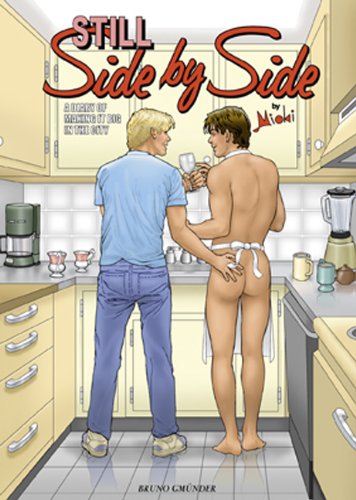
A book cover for Still Side by Side: A Diary of Making It Big in the City; Mioki; Comics & Graphic Novels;